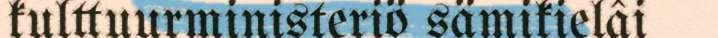
kulttuurministeriö sämikielâi